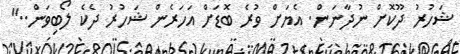
ޝަހުރު ދޫކޮށް ނުދާނަން. އެޔަށް ވުރެ ބޮޑަށް އަހަރެން ޝަހުރު ދެކެ ލޯބިވަން.."